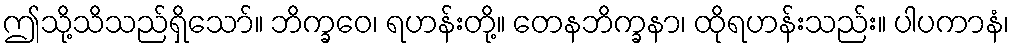
ဤသို့သိသည်ရှိသော်။ ဘိက္ခဝေ၊ ရဟန်းတို့။ တေနဘိက္ခနာ၊ ထိုရဟန်းသည်း။ ပါပကာနံ၊